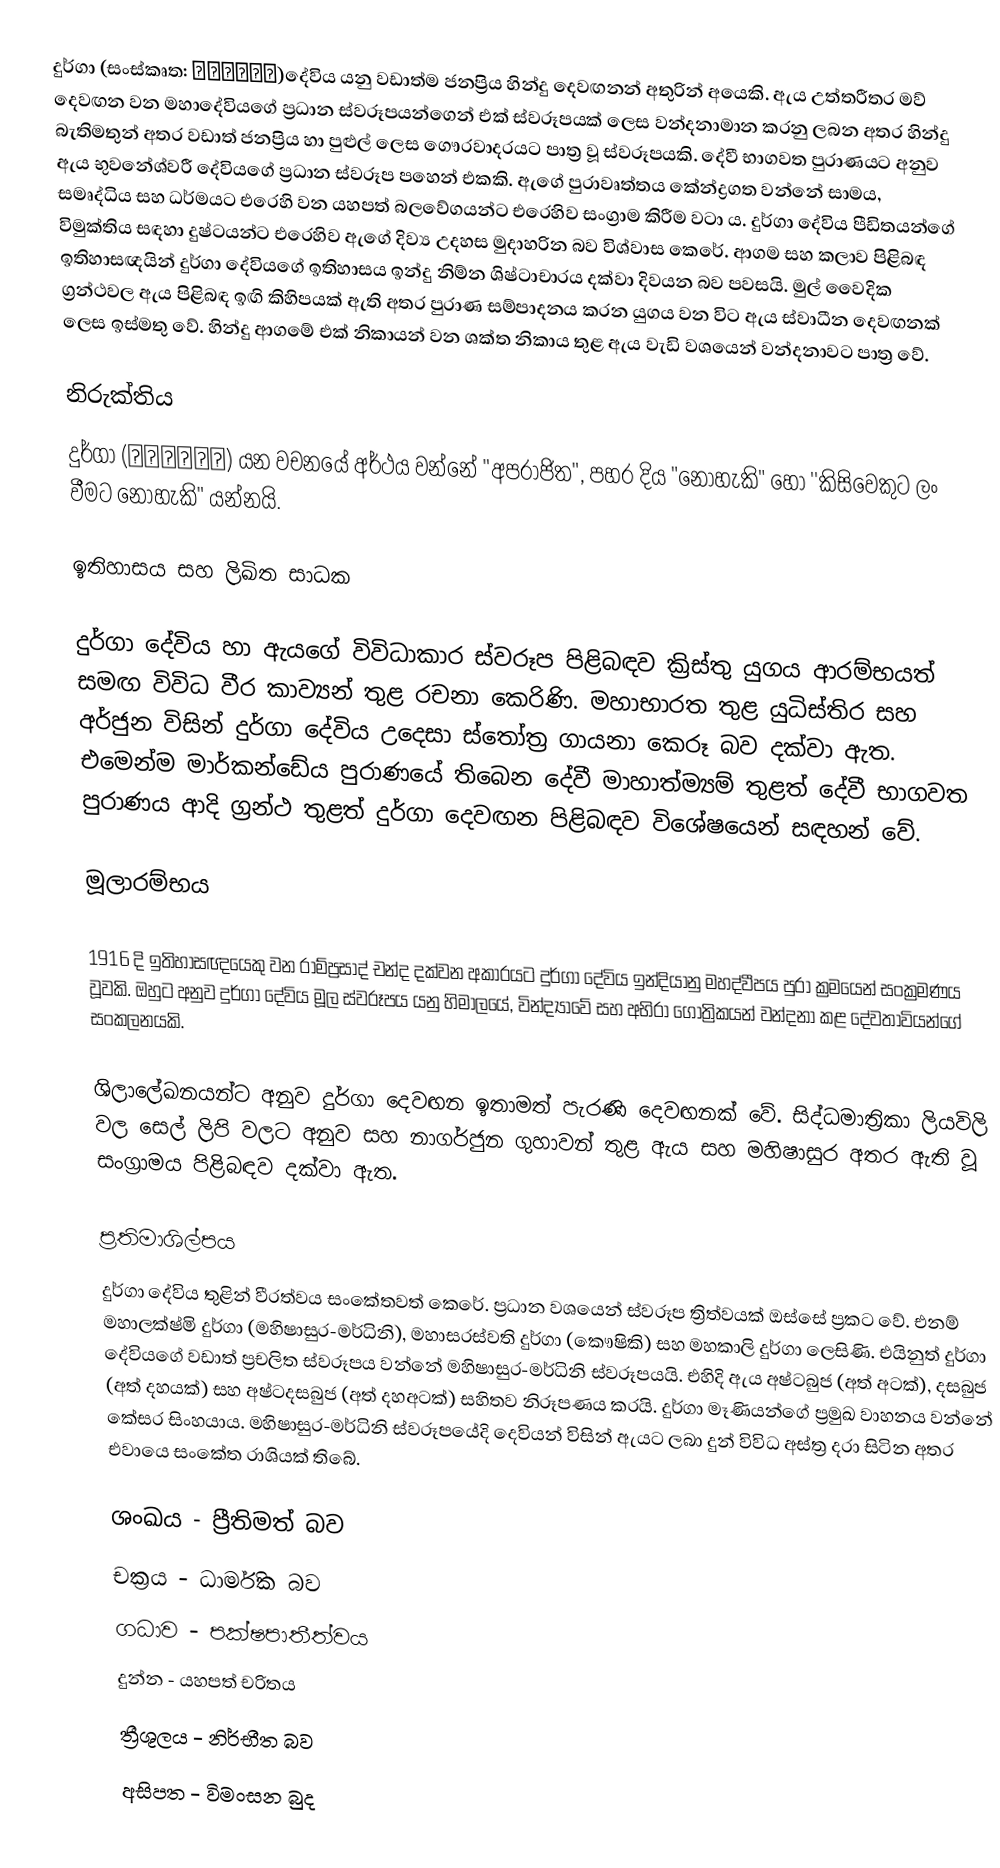
දුර්ගා (සංස්කෘත: दुर्गा)දේවිය යනු වඩාත්ම ජනප්‍රිය හින්දු දෙවඟනන් අතුරින් අයෙකි. ඇය උත්තරීතර මව් දෙවඟන වන මහාදේවියගේ ප්‍රධාන ස්වරූපයන්ගෙන් එක් ස්වරූපයක් ලෙස වන්දනාමාන කරනු ලබන අතර හින්දු බැතිමතුන් අතර වඩාත් ජනප්‍රිය හා පුළුල් ලෙස ගෞරවාදරයට පාත්‍ර වූ ස්වරූපයකි. දේවී භාගවත පුරාණයට අනුව ඇය භුවනේශ්වරී දේවියගේ ප්‍රධාන ස්වරූප පහෙන් එකකි. ඇගේ පුරාවෘත්තය කේන්ද්‍රගත වන්නේ සාමය, සමෘද්ධිය සහ ධර්මයට එරෙහි වන යහපත් බලවේගයන්ට එරෙහිව සංග්‍රාම කිරීම වටා ය. දුර්ගා දේවිය පීඩිතයන්ගේ විමුක්තිය සඳහා දුෂ්ටයන්ට එරෙහිව ඇගේ දිව්‍ය උදහස මුදාහරින බව විශ්වාස කෙරේ. ආගම සහ කලාව පිළිබඳ ඉතිහාසඥයින් දුර්ගා දේවියගේ ඉතිහාසය ඉන්දු නිම්න ශිෂ්ටාචාරය දක්වා දිවයන බව පවසයි. මුල් වෛදික ග්‍රන්ථවල ඇය පිළිබඳ ඉඟි කිහිපයක් ඇති අතර පුරාණ සම්පාදනය කරන යුගය වන විට ඇය ස්වාධීන දෙවඟනක් ලෙස ඉස්මතු වේ. හින්දු ආගමේ එක් නිකායන් වන ශක්ත නිකාය තුළ ඇය වැඩි වශයෙන් වන්දනාවට පාත්‍ර වේ.

නිරුක්තිය
දුර්ගා (दुर्गा) යන වචනයේ අර්ථය වන්නේ "අපරාජිත", පහර දිය "නොහැකි" හෝ ''කිසිවෙකුට ලං වීමට නොහැකි" යන්නයි.

ඉතිහාසය සහ ලිඛිත සාධක

දුර්ගා දේවිය හා ඇයගේ විවිධාකාර ස්වරූප පිළිබඳව ක්‍රිස්තු යුගය ආරම්භයත් සමඟ විවිධ වීර කාව්‍යන් තුළ රචනා කෙරිණි. මහාභාරත තුළ යුධිස්තිර සහ අර්ජුන විසින් දුර්ගා දේවිය උදෙසා ස්තෝත්‍ර ගායනා කෙරූ බව දක්වා ඇත. එමෙන්ම මාර්කන්ඩේය පුරාණයේ තිබෙන දේවී මාහාත්ම්‍යම් තුළත් දේවී භාගවත පුරාණය ආදි ග්‍රන්ථ තුළත් දුර්ගා දෙවඟන පිළිබඳව විශේෂයෙන් සඳහන් වේ.

මූලාරම්භය

1916 දි ඉතිහාසඥයෙකු වන රාම්ප්‍රසාද් චන්ද දක්වන අකාරයට දුර්ගා දේවිය ඉන්දියානු මහද්වීපය පුරා ක්‍රමයෙන් සංක්‍රමණය වූවකි. ඔහුට අනුව දුර්ගා දේවිය මූල ස්වරූපය යනු හිමාලයේ, වින්ද්‍යාවේ සහ අභිරා ගෝත්‍රිකයන් වන්දනා කළ දේවතාවියන්ගේ සංකලනයකි.

ශිලාලේඛනයන්ට අනුව දුර්ගා දෙවඟන ඉතාමත් පැරණි දෙවඟනක් වේ. සිද්ධමාත්‍රිකා ලියවිලි වල සෙල් ලිපි වලට අනුව සහ නාගර්ජුන ගුහාවන් තුළ ඇය සහ මහිෂාසුර අතර ඇති වූ සංග්‍රාමය පිළිබඳව දක්වා ඇත.

ප්‍රතිමාශිල්පය
දුර්ගා දේවිය තුළින් වීරත්වය සංකේතවත් කෙරේ. ප්‍රධාන වශයෙන් ස්වරූප ත්‍රිත්වයක් ඔස්සේ ප්‍රකට වේ. එනම් මහාලක්ෂ්මි දුර්ගා (මහිෂාසුර-මර්ධිනි), මහාසරස්වති දුර්ගා (කෞෂිකි) සහ මහකාලි දුර්ගා ලෙසිණි. එයිනුත් දුර්ගා දේවියගේ වඩාත් ප්‍රචලිත ස්වරූපය වන්නේ මහිෂාසුර-මර්ධිනි ස්වරූපයයි. එහිදි ඇය අෂ්ටබුජ (අත් අටක්), දසබුජ (අත් දහයක්) සහ අෂ්ටදසබුජ (අත් දහඅටක්) සහිතව නිරූපණය කරයි. දුර්ගා මෑණියන්ගේ ප්‍රමුඛ වාහනය වන්නේ කේසර සිංහයාය. මහිෂාසුර-මර්ධිනි ස්වරූපයේදි දෙවියන් විසින් ඇයට ලබා දුන් විවිධ අස්ත්‍ර දරා සිටින අතර එවායෙ සංකේත රාශියක් තිබේ.

ශංඛය - ප්‍රීතිමත් බව
චක්‍රය - ධාර්මික බව
ගධාව - පක්ෂපාතීත්වය
දුන්න - යහපත් චරිතය
ත්‍රීශූලය - නිර්භීත බව
අසිපත - විමංසන බුද